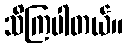
သိကြပါတယ်။